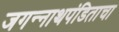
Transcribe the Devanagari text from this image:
जगन्‍नाथपंडिताचा